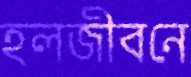
হলজীবনে